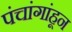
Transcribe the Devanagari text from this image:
पंचांगांहून